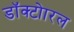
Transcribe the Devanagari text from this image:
डॉक्टोारल